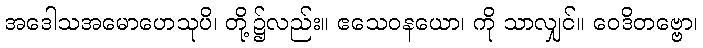
အဒေါသအမောဟေသုပိ၊ တို့၌လည်း။ ဧသေဝနယော၊ ကို သာလျှင်။ ဝေဒိတဗ္ဗော၊